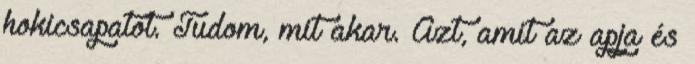
hokicsapatot. Tudom, mit akar. Azt, amit az apja és